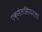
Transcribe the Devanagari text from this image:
एक्सेलसियरला